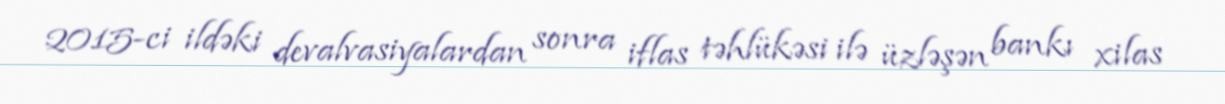
2015-ci ildəki devalvasiyalardan sonra iflas təhlükəsi ilə üzləşən bankı xilas